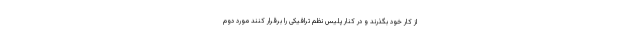
از کار خود بگذرند و در کنار پلیس نظم ترافیکی را برقرار کنند مورد دوم